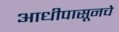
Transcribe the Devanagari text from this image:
आधीपासूनचे